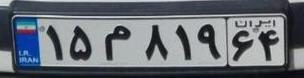
۱۵م۸۱۹۶۴